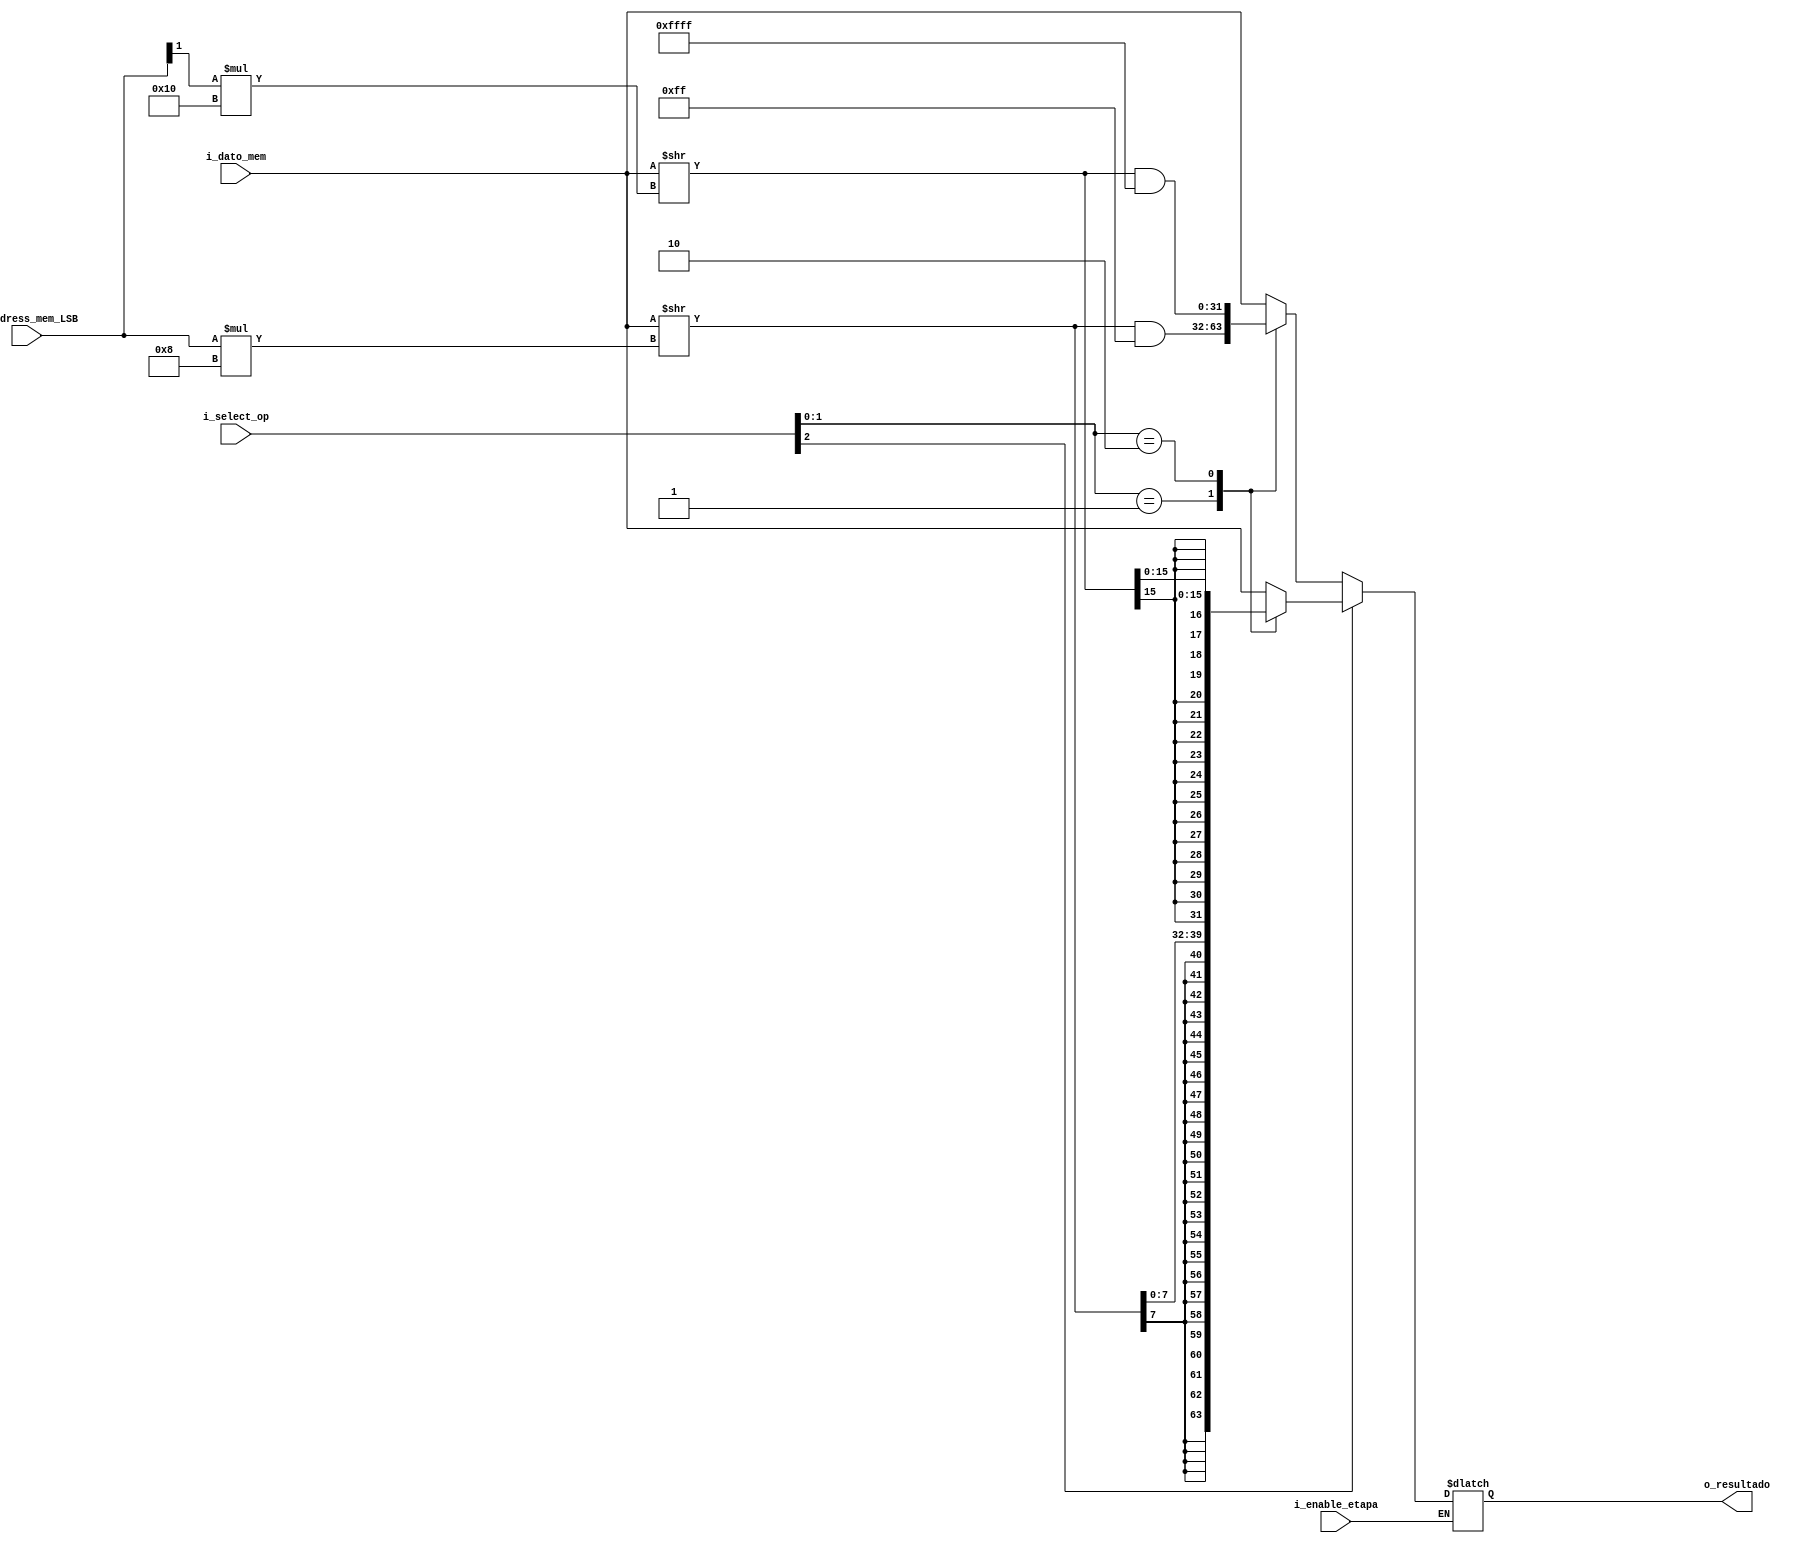
`timescale 1ns / 1ps

//////////////////////////////////////////////////////////////////////////////////////////////////
// Trabajo Practico Nro. 4. MIPS.
// Output logic de la memoria de datos.
// Integrantes: Kleiner Matias, Lopez Gaston.
// Materia: Arquitectura de Computadoras.
// FCEFyN. UNC.
// Anio 2019.
//////////////////////////////////////////////////////////////////////////////////////////////////


module output_logic_mem_datos
   #(
       
       parameter INPUT_OUTPUT_LENGTH = 32,
       parameter CANT_BITS_SELECT_BYTES_MEM_DATA = 3,
       parameter CANT_COLUMNAS_MEM_DATOS = 4
 
   )
   (
        input [INPUT_OUTPUT_LENGTH - 1 : 0] i_dato_mem,
        input [CANT_BITS_SELECT_BYTES_MEM_DATA - 1 : 0] i_select_op,
        input [clogb2 (CANT_COLUMNAS_MEM_DATOS - 1) - 1 : 0] i_address_mem_LSB,
        input i_enable_etapa,
        output reg [INPUT_OUTPUT_LENGTH - 1 : 0] o_resultado
   );

    reg [INPUT_OUTPUT_LENGTH - 1 : 0] reg_dato_mem_shifted;

    //  The following function calculates the address width based on specified RAM depth
    function integer clogb2;
        input integer depth;
            for (clogb2=0; depth>0; clogb2=clogb2+1)
                depth = depth >> 1;
    endfunction

    

    always@(*) begin
        if (i_enable_etapa) begin
            if (i_select_op [CANT_BITS_SELECT_BYTES_MEM_DATA - 1]) begin // Signado
            case (i_select_op [CANT_BITS_SELECT_BYTES_MEM_DATA - 2 : 0]) 
                    1://Byte
                        begin
                            reg_dato_mem_shifted = i_dato_mem >> (i_address_mem_LSB * (INPUT_OUTPUT_LENGTH / CANT_COLUMNAS_MEM_DATOS));
                            o_resultado = { { ((INPUT_OUTPUT_LENGTH / 4) * 3) {reg_dato_mem_shifted [INPUT_OUTPUT_LENGTH / 4 - 1] } }, reg_dato_mem_shifted [INPUT_OUTPUT_LENGTH / 4 - 1 : 0] };
                        end
                    2: //Halfword
                        begin
                            reg_dato_mem_shifted = i_dato_mem >> (i_address_mem_LSB [clogb2 (CANT_COLUMNAS_MEM_DATOS - 1) - 1] * (INPUT_OUTPUT_LENGTH / (CANT_COLUMNAS_MEM_DATOS / 2))); 
                            o_resultado = { { (INPUT_OUTPUT_LENGTH / 2) {reg_dato_mem_shifted [INPUT_OUTPUT_LENGTH / 2 - 1] } }, reg_dato_mem_shifted [INPUT_OUTPUT_LENGTH / 2 - 1 : 0] };
                            
                        end
                    3: //Word
                        begin
                            reg_dato_mem_shifted = i_dato_mem;
                            o_resultado = reg_dato_mem_shifted;
                        end
                    default:
                        begin
                            reg_dato_mem_shifted = i_dato_mem;
                            o_resultado = reg_dato_mem_shifted;
                        end
            endcase
            end
            else begin // Unsigned
                case (i_select_op [CANT_BITS_SELECT_BYTES_MEM_DATA - 2 : 0]) 
                    1://Byte
                        begin
                        reg_dato_mem_shifted = i_dato_mem >> (i_address_mem_LSB * (INPUT_OUTPUT_LENGTH / CANT_COLUMNAS_MEM_DATOS));
                        o_resultado = reg_dato_mem_shifted & 32'h000000FF;
                        end
                    2: //Halfword
                        begin
                            reg_dato_mem_shifted = i_dato_mem >> (i_address_mem_LSB [clogb2 (CANT_COLUMNAS_MEM_DATOS - 1) - 1] * (INPUT_OUTPUT_LENGTH / (CANT_COLUMNAS_MEM_DATOS / 2))); 
                            o_resultado =  reg_dato_mem_shifted & 32'h0000FFFF;
                        end
                    3: //Word
                        begin
                            reg_dato_mem_shifted = i_dato_mem;
                            o_resultado = reg_dato_mem_shifted;
                        end
                    default:
                        begin
                            reg_dato_mem_shifted = i_dato_mem;
                            o_resultado = reg_dato_mem_shifted;
                        end
                endcase
            end
        end
        else begin
            reg_dato_mem_shifted = reg_dato_mem_shifted;
            o_resultado = o_resultado;
        end
    end

  

endmodule